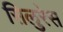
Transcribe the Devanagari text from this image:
सिलुरेस